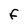
Character: F